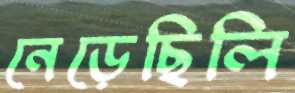
নেড়েছিলি